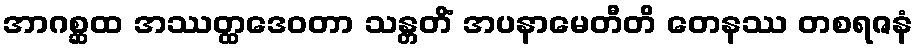
အာဂစ္ဆထ အဿတ္ထဒေဝတာ သန္တတိံ အပနာမေတီတိ တေနဿ တစရဇနံ